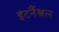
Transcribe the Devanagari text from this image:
इंटर्नैश्नल